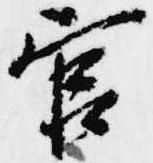
官